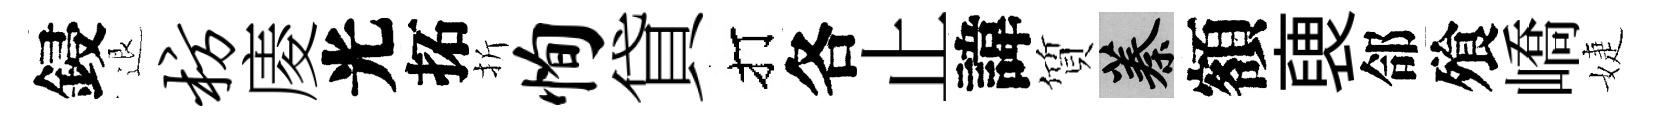
鋟退枋庱光拓折恂貸打各止諱質蓁額褏郃飱嶠婕